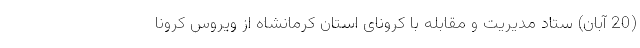
(20 آبان) ستاد مدیریت و مقابله با کرونای استان کرمانشاه از ویروس کرونا